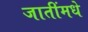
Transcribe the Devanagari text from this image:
जातींमधे